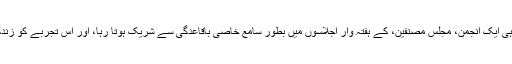
نوعمری کے زمانے میں حیدرآباد سندھ کی ایسی ہی ایک انجمن، مجلسِ مصنفین، کے ہفتہ وار اجلاسوں میں بطور سامع خاصی باقاعدگی سے شریک ہوتا رہا، اور اس تجربے کو زندگی بھر جاری رکھنے کی ضرورت نہیں سمجھی۔